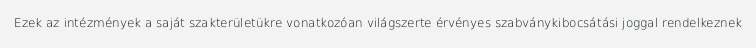
Ezek az intézmények a saját szakterületükre vonatkozóan világszerte érvényes szabványkibocsátási joggal rendelkeznek